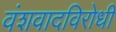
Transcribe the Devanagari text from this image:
वंशवादविरोधी